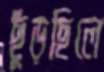
ছুঁড়ছিলে